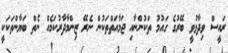
ރައީސް ވިދާޅުވީ ބޭރުގެ ގައުމު ތަކުންނާއި ޖަމާއަތްތަކުން ނެރޭ ޒިންމާދާރުކަމެއް ނެތް ބަޔާންތަކަކީ